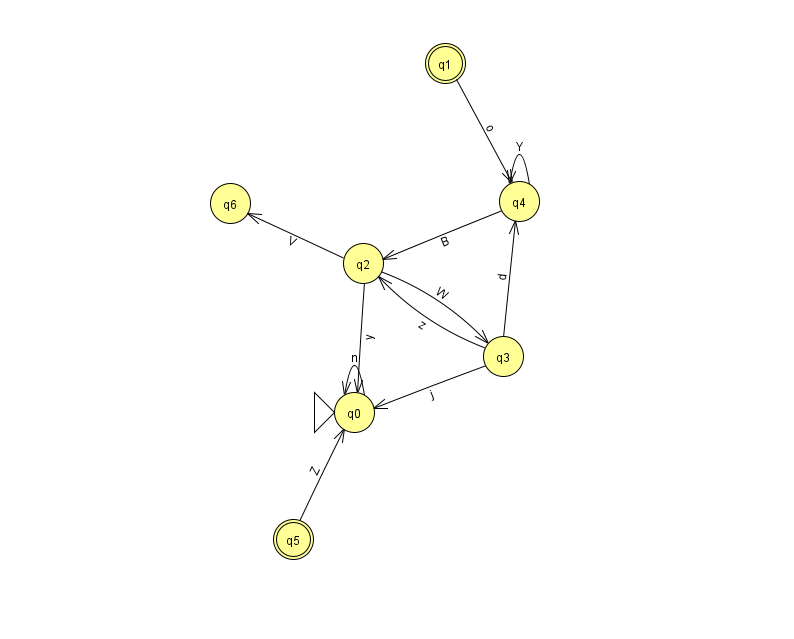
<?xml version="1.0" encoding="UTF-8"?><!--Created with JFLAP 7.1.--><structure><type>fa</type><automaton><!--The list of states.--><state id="0" name="q0"><x>354.0</x><y>399.0</y><initial/></state><state id="1" name="q1"><x>445.0</x><y>50.0</y><final/></state><state id="2" name="q2"><x>363.0</x><y>250.0</y></state><state id="3" name="q3"><x>503.0</x><y>343.0</y></state><state id="4" name="q4"><x>519.0</x><y>188.0</y></state><state id="5" name="q5"><x>293.0</x><y>526.0</y><final/></state><state id="6" name="q6"><x>230.0</x><y>190.0</y></state><!--The list of transitions.--><transition><from>3</from><to>4</to><read>d</read></transition><transition><from>5</from><to>0</to><read>Z</read></transition><transition><from>3</from><to>2</to><read>z</read></transition><transition><from>2</from><to>0</to><read>y</read></transition><transition><from>4</from><to>4</to><read>Y</read></transition><transition><from>3</from><to>0</to><read>j</read></transition><transition><from>0</from><to>0</to><read>n</read></transition><transition><from>2</from><to>3</to><read>W</read></transition><transition><from>2</from><to>6</to><read>V</read></transition><transition><from>4</from><to>2</to><read>B</read></transition><transition><from>1</from><to>4</to><read>o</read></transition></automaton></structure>